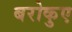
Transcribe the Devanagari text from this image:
बरोकुए